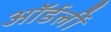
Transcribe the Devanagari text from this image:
ऑर्डर्ली